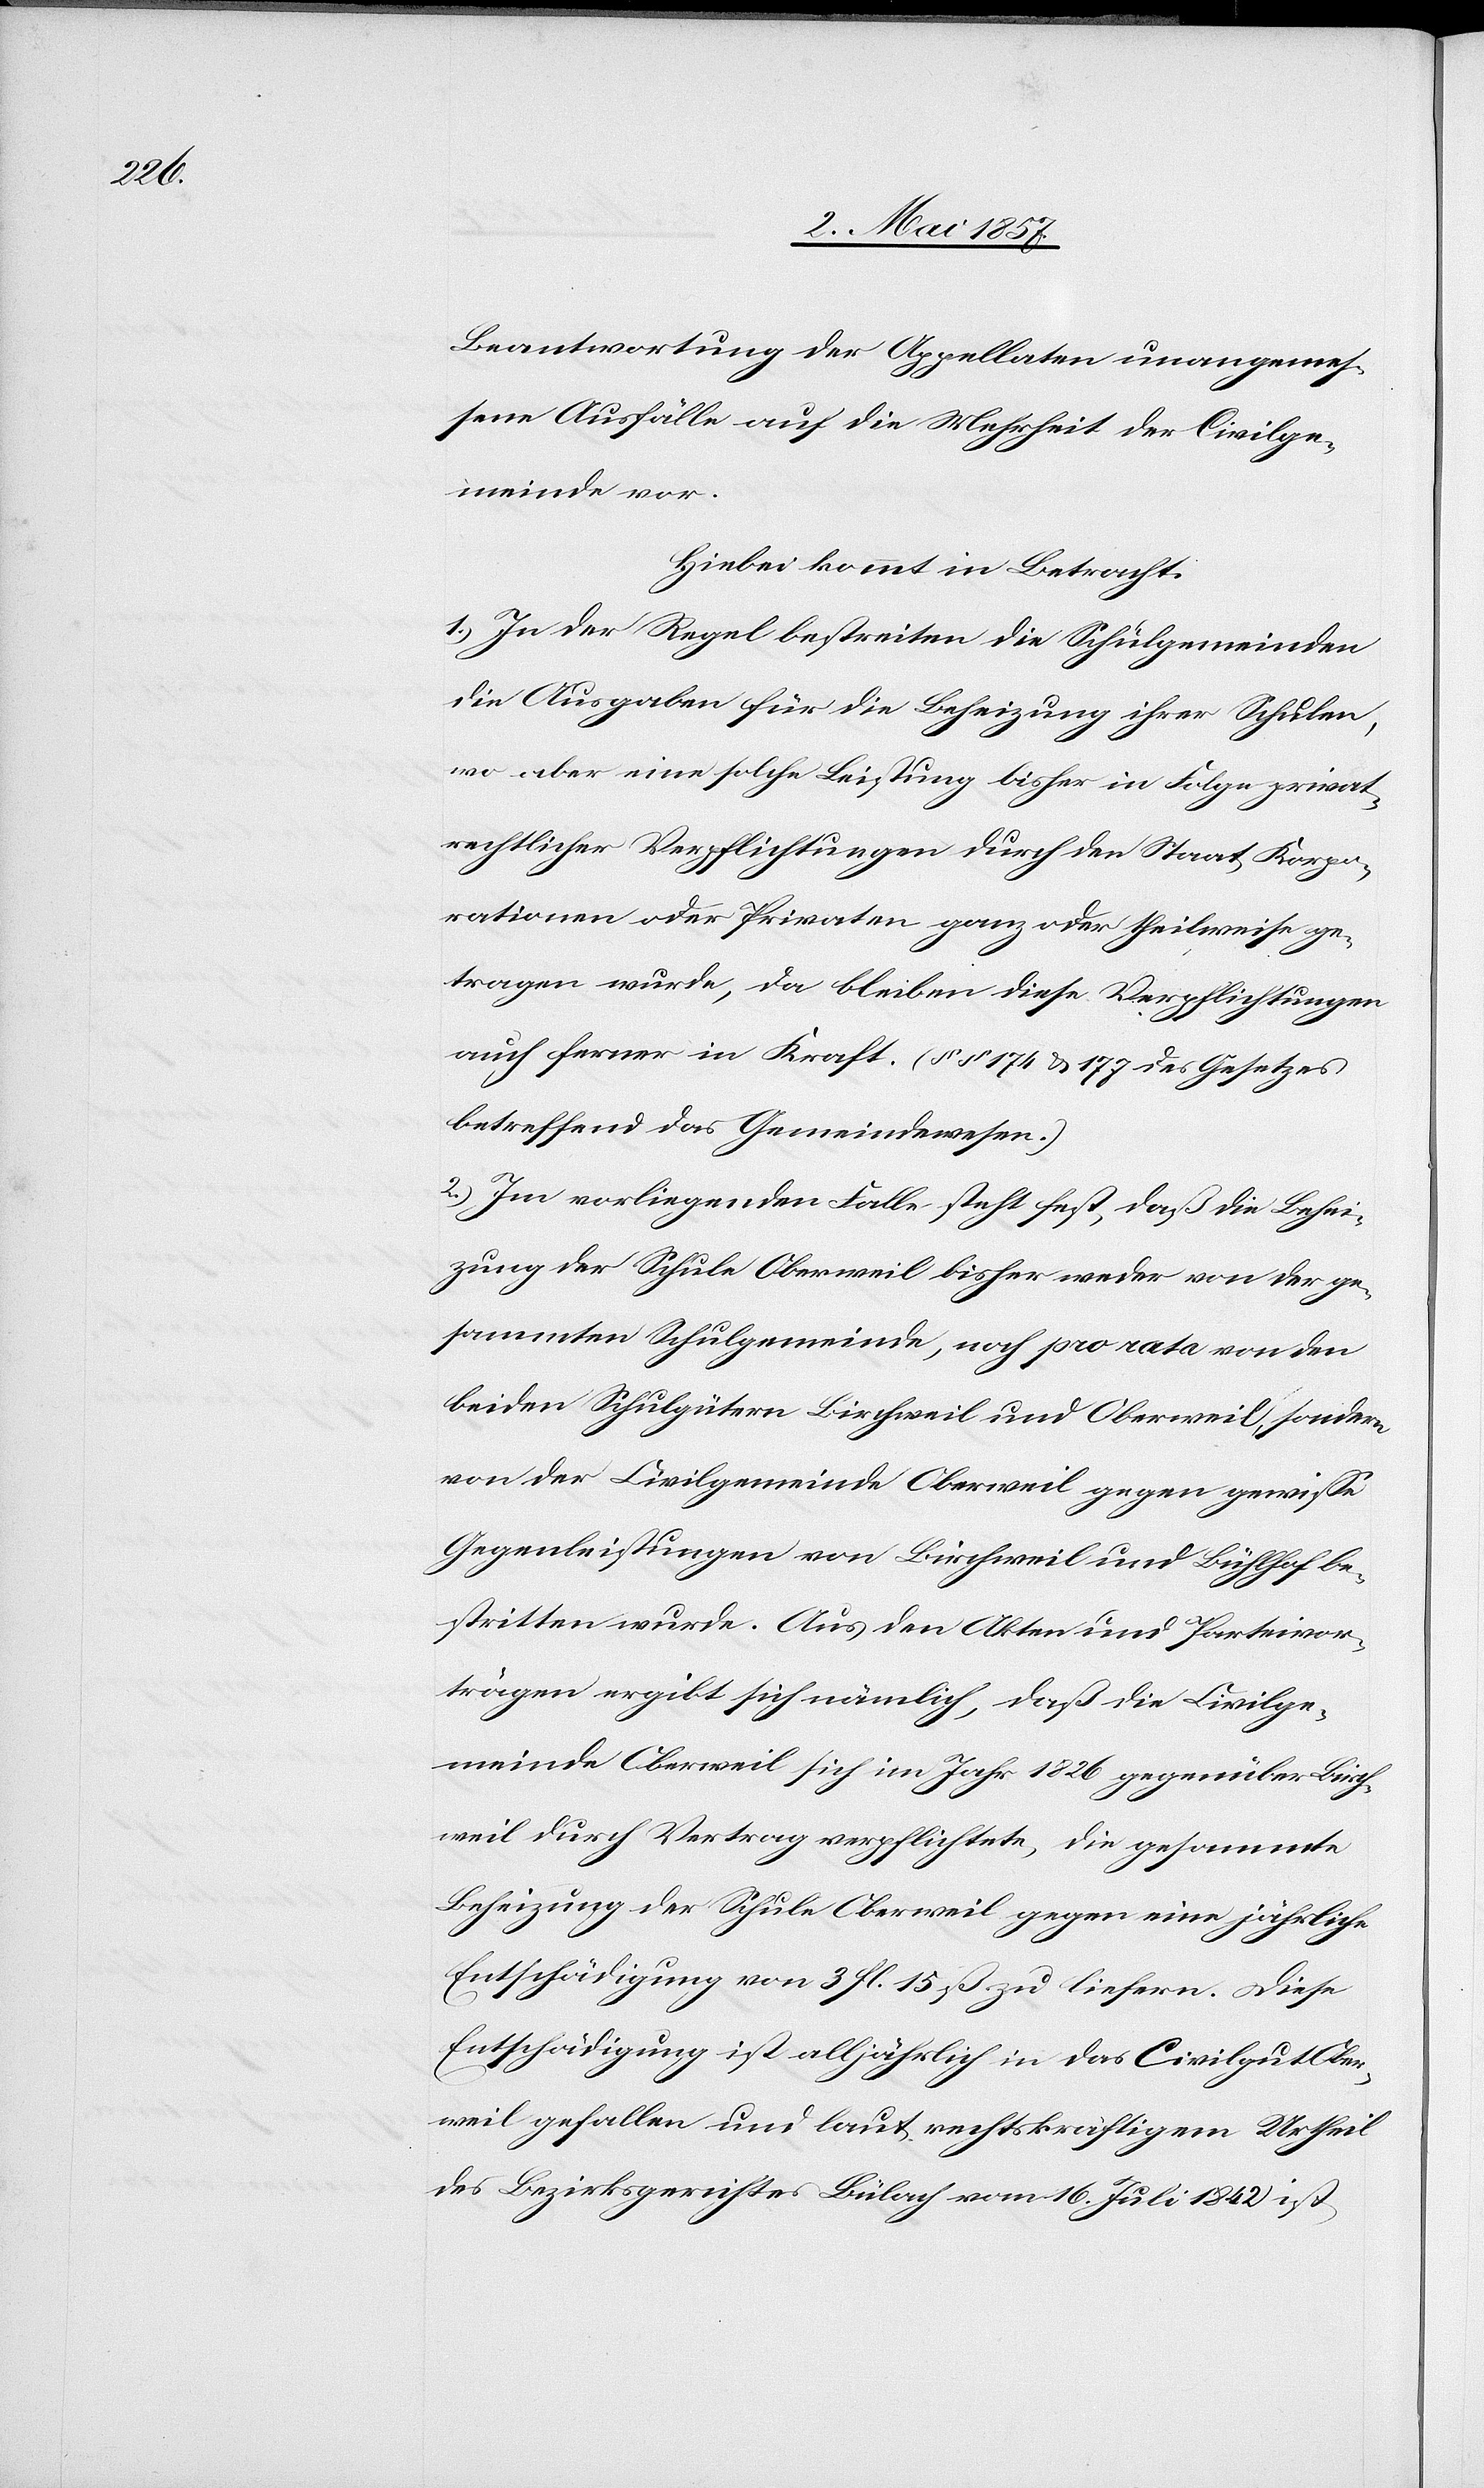
Beantwortung der Appellaten unangemes¬
sene Ausfälle auf die Mehrheit der Civilge¬
meinde vor.
Hiebei kommt in Betracht:
1.) In der Regel bestreiten die Schulgemeinden
die Ausgaben für die Beheizung ihrer Schulen,
wo aber eine solche Leistung bisher in Folge privat¬
rechtlicher Verpflichtungen durch den Staat Korpo¬
rationen der Privaten ganz oder theilweise ge¬
tragen wurde, da bleiben diese Verpflichtungen
auch ferner in Kraft. (§§ 174 & 177 des Gesetzes
betreffend das Gemeindewesen.)
2.) Im vorliegenden Falle steht fest, daß die Behei¬
zung der Schule Oberweil bisher weder von der ge¬
sammten Schulgemeinde, noch pro rata von den
beiden Schulgütern Birchweil und Oberweil gegen
Gegenleistungen von Birchweil und Bühlhof be¬
stritten wurde. Aus den Akten und Parteivor¬
trägen ergibt sich nämlich, daß die Civilge¬
meinde Oberweil sich im Jahr 1826 gegenüber Birch¬
weil durch Vertrag verpflichtete, die gesammte
Beheizung der Schule Oberweil gegen eine jährliche
Entschädigung von 3 fl. 15 ß zu liefern. Diese
Entschädigung ist alljährlich in das Civilgut Ober¬
weil gefallen und laut rechtkräftigem Urtheil
des Bezirksgerichtes Bülach vom 16 Juli 1842 ist